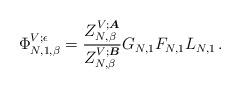
LaTeX: \begin{align*}\Phi_{N, 1, \beta}^{V; {\epsilon}}=\frac{Z^{V;\boldsymbol{A}}_{N,\beta}}{Z^{V;\boldsymbol{B}}_{N,\beta}}G_{N, 1}F_{N,1} L_{N,1}\,.\end{align*}